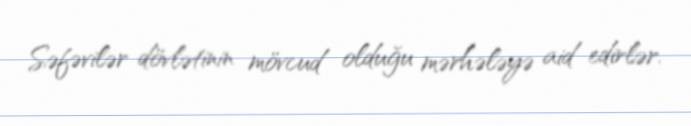
Səfəvilər dövlətinin mövcud olduğu mərhələyə aid edirlər.